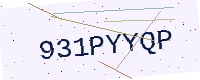
Text: 931PYYQP